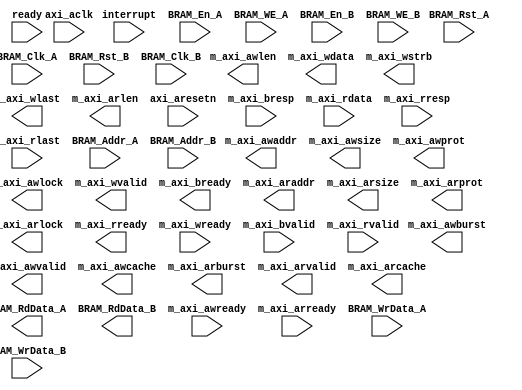
module axi_mm_systemc ( /*AUTOARG*/
   // Outputs
   m_axi_awaddr, m_axi_awlen, m_axi_awsize, m_axi_awburst,
   m_axi_awprot, m_axi_awvalid, m_axi_awlock, m_axi_awcache,
   m_axi_wdata, m_axi_wstrb, m_axi_wlast, m_axi_wvalid, m_axi_bready,
   m_axi_araddr, m_axi_arlen, m_axi_arsize, m_axi_arburst,
   m_axi_arprot, m_axi_arvalid, m_axi_arlock, m_axi_arcache,
   m_axi_rready, BRAM_RdData_A, BRAM_RdData_B,
   // Inputs
   axi_aclk, axi_aresetn, interrupt, ready, m_axi_awready,
   m_axi_wready, m_axi_bresp, m_axi_bvalid, m_axi_arready,
   m_axi_rdata, m_axi_rresp, m_axi_rlast, m_axi_rvalid, BRAM_Rst_A,
   BRAM_Clk_A, BRAM_En_A, BRAM_WE_A, BRAM_Addr_A, BRAM_WrData_A,
   BRAM_Rst_B, BRAM_Clk_B, BRAM_En_B, BRAM_WE_B, BRAM_Addr_B,
   BRAM_WrData_B
   );
   input axi_aclk;
   input axi_aresetn;
   input interrupt;
   input ready;
   output [31:0] m_axi_awaddr;
   output [7:0]  m_axi_awlen;
   output [2:0]  m_axi_awsize;
   output [1:0]  m_axi_awburst;
   output [2:0]  m_axi_awprot;
   output 	 m_axi_awvalid;
   input 	 m_axi_awready;
   output 	 m_axi_awlock;
   output [3:0]  m_axi_awcache;
   output [31:0] m_axi_wdata;
   output [3:0]  m_axi_wstrb;
   output 	 m_axi_wlast;
   output 	 m_axi_wvalid;
   input 	 m_axi_wready;
   input [1:0] 	 m_axi_bresp;
   input 	 m_axi_bvalid;
   output 	 m_axi_bready;
   output [31:0] m_axi_araddr;
   output [7:0]  m_axi_arlen;
   output [2:0]  m_axi_arsize;
   output [1:0]  m_axi_arburst;
   output [2:0]  m_axi_arprot;
   output 	 m_axi_arvalid;
   input 	 m_axi_arready;
   output 	 m_axi_arlock;
   output [3:0]  m_axi_arcache;
   input [31:0]  m_axi_rdata;
   input [1:0] 	 m_axi_rresp;
   input 	 m_axi_rlast;
   input 	 m_axi_rvalid;
   output 	 m_axi_rready;

   input 	 BRAM_Rst_A;
   input 	 BRAM_Clk_A;
   input 	 BRAM_En_A;
   input [3:0] 	 BRAM_WE_A;
   input [31:0]  BRAM_Addr_A;
   input [31:0]  BRAM_WrData_A;
   output [31:0] BRAM_RdData_A;

   input 	 BRAM_Rst_B;
   input 	 BRAM_Clk_B;
   input 	 BRAM_En_B;
   input [3:0] 	 BRAM_WE_B;
   input [31:0]  BRAM_Addr_B;
   input [31:0]  BRAM_WrData_B;
   output [31:0] BRAM_RdData_B;   
   
endmodule